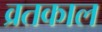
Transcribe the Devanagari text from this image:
व्रतकाल